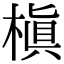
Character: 槇